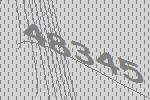
48345